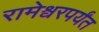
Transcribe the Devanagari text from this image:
रामेश्वरपर्यंत